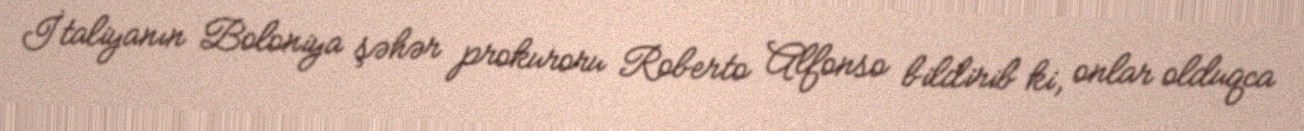
İtaliyanın Boloniya şəhər prokuroru Roberto Alfonso bildirib ki, onlar olduqca